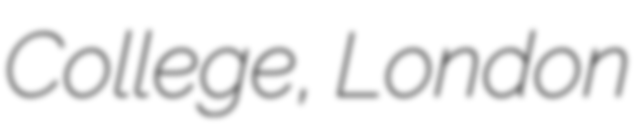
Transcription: College, London